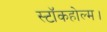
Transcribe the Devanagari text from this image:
स्टॉकहोल्म।